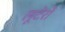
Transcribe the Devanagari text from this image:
लूटेरो